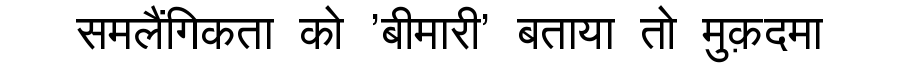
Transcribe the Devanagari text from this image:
समलैंगिकता को 'बीमारी' बताया तो मुक़दमा